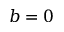
b = 0